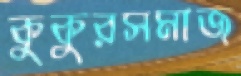
কুকুরসমাজ